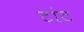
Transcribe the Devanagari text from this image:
टांट